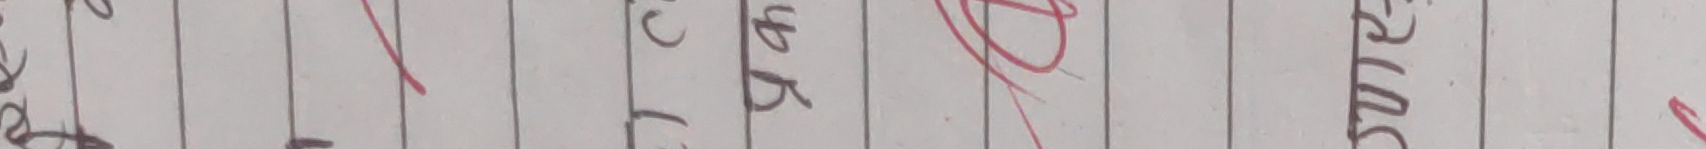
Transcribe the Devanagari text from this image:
पका माथि सुर